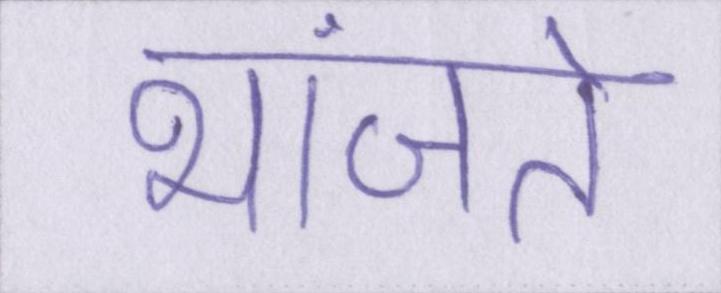
भांजते